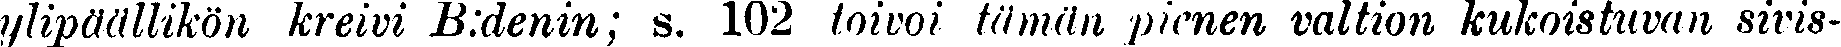
ylipäällikön kreivi B:denin; s. 102 toivoi tämän pienen valtion kukoistuvan sivis-